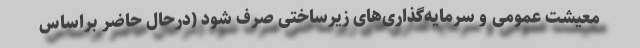
معیشت عمومی و سرمایه‌گذاری‌های زیرساختی صرف شود (درحال حاضر براساس